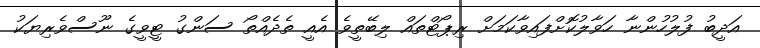
އަދީބު ފުލުހުންނާ ހަވާލުކޮށްފައިވާކަމަށް ރިޕޯޓްތައް ލިބޭތީވެ އެއީ ތެދެއްތޯ ސަންގު ޓީވީގެ ނޫސްވެރިޔަކު